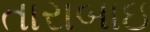
તારાબાઇ